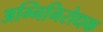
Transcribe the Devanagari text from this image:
अग्निनिरोधक